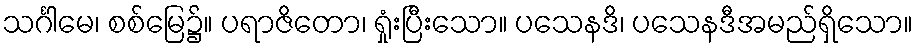
သင်္ဂါမေ၊ စစ်မြေ၌။ ပရာဇိတော၊ ရှုံးပြီးသော။ ပသေနဒိ၊ ပသေနဒီအမည်ရှိသော။